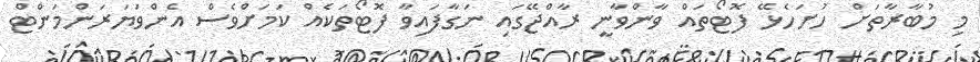
މި މުބާރާތަށް ހުށަހެޅޭ ފޮޓޯތައް ވާންވާނީ ރާއްޖޭގައި ނަގާފައިވާ ފޮޓޯތަކެއް ކަމަށްވެސް އެންވަޔަރަންމަންޓް